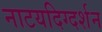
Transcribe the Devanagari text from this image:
नाटयदिग्दर्शन